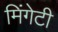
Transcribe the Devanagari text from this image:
मिंगेटी